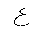
Letter: _ayn